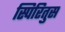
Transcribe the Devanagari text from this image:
स्पिरितुस